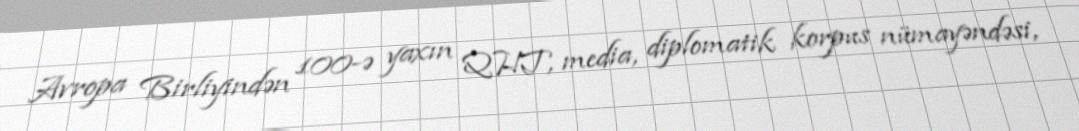
Avropa Birliyindən 100-ə yaxın QHT, media, diplomatik korpus nümayəndəsi,